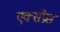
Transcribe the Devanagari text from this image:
एक्‍सप्रैस